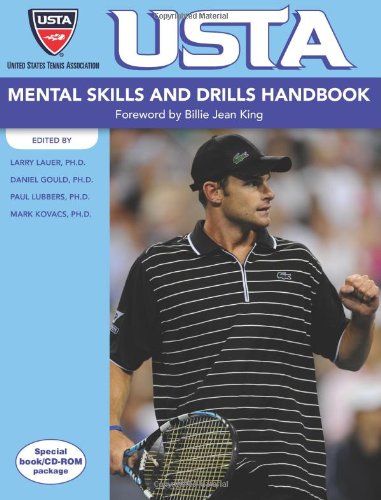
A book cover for USTA Mental Skills and Drills Handbook; Larry Lauer; Sports & Outdoors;